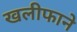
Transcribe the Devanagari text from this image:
खलीफाने